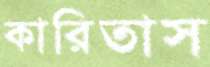
কারিতাস